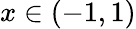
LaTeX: x\in(-1,1)